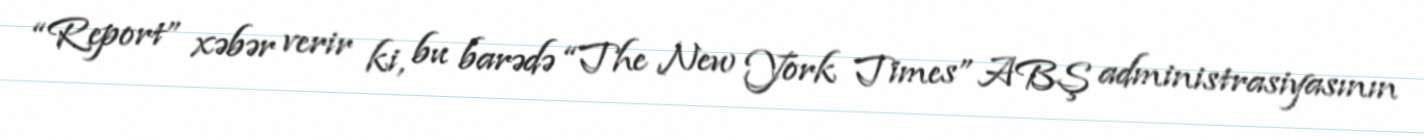
“Report” xəbər verir ki, bu barədə “The New York Times” ABŞ administrasiyasının